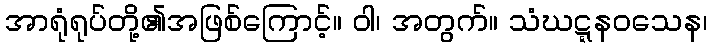
အာရုံရုပ်တို့၏အဖြစ်ကြောင့်။ ဝါ၊ အတွက်။ သံဃဋ္ဋနဝသေန၊